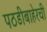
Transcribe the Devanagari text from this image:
पठडीबाहेरची